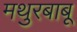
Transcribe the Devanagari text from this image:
मथुरबाबू